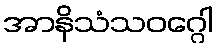
အာနိသံသဝဂ္ဂေါ